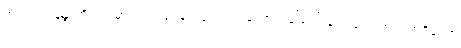
အရှင်အာနန္ဒာကို။ ကုမာရကဝါဒေန၊ သူငယ်ဟူသော ခေါ်ဝေါ်ခြင်းဖြင့်။ အပသာရိတော